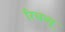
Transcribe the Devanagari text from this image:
रिचव्यू